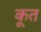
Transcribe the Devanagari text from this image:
कूत